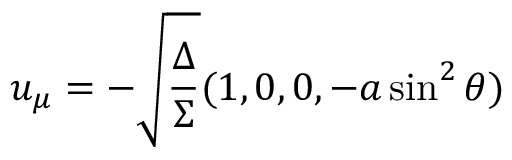
u _ { \mu } = - \sqrt { \frac { \Delta } { \Sigma } } ( 1 , 0 , 0 , - a \sin ^ { 2 } \theta )